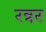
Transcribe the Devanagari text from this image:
रन्नर